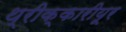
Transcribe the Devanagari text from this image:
थ्रीक्कारीयूर